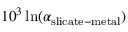
1 0 ^ { 3 } \ln ( \alpha _ { \mathrm { s l i c a t e - m e t a l } } )